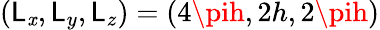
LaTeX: (\mathsf{L}_{\mathit{x}},\mathsf{L}_{y},\mathsf{L}_{z})=(4\pih,2h,2\pih)